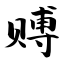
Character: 赙